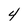
Character: 4